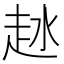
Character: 𧺵